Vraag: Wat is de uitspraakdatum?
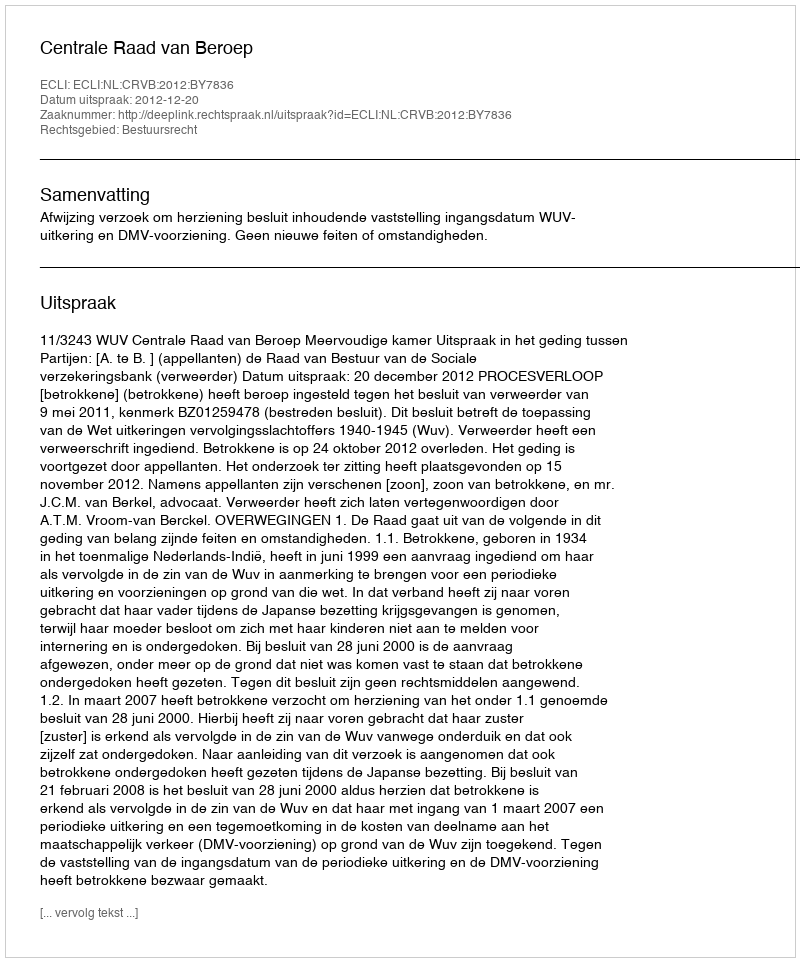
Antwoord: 2012-12-20